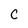
Character: C